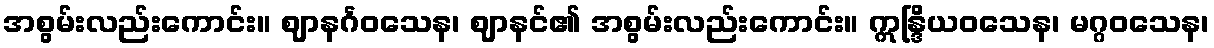
အစွမ်းလည်းကောင်း။ ဈာနင်္ဂဝသေန၊ ဈာနင်၏ အစွမ်းလည်းကောင်း။ ဣန္ဒြိယဝသေန၊ မဂ္ဂဝသေန၊